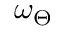
\omega _ { \Theta }